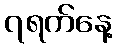
၇ရက်နေ့